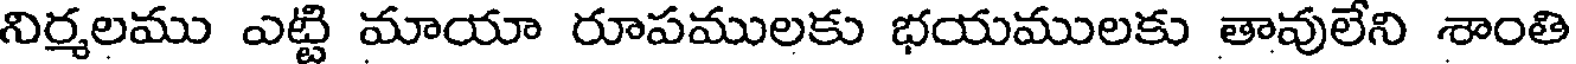
నిర్మలము ఎట్టి మాయా రూపములకు భయములకు తావులేని శాంతి